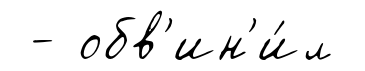
- обв'ин'и́л